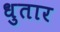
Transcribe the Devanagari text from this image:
धुतार